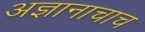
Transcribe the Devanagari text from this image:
अज्ञानाचाच